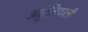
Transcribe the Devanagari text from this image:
अष्ट्रेलियाली